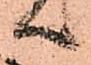
へ